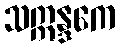
သဣန္ဒကေ